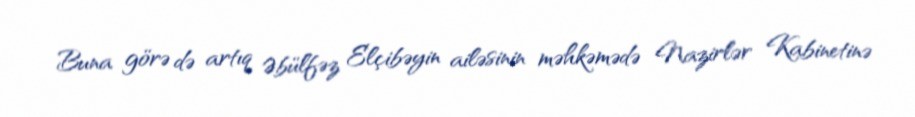
Buna görə də artıq Əbülfəz Elçibəyin ailəsinin məhkəmədə Nazirlər Kabinetinə